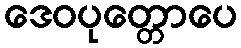
ဒေဝပုတ္တောပေ